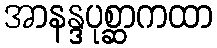
အာနန္ဒပုစ္ဆာကထာ